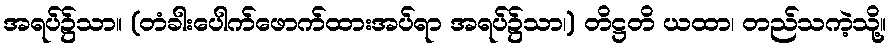
အရပ်၌သာ။ (တံခါးပေါက်ဖောက်ထားအပ်ရာ အရပ်၌သာ၊) တိဋ္ဌတိ ယထာ၊ တည်သကဲ့သို့။